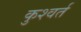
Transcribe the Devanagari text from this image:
कुश्वर्त